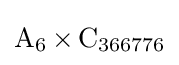
\operatorname {A} _{6}\times \operatorname {C} _{366776}